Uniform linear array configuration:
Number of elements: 24
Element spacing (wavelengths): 0.25
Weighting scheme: uniform
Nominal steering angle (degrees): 0
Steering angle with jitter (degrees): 1.023
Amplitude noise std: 0.05
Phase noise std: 0.05

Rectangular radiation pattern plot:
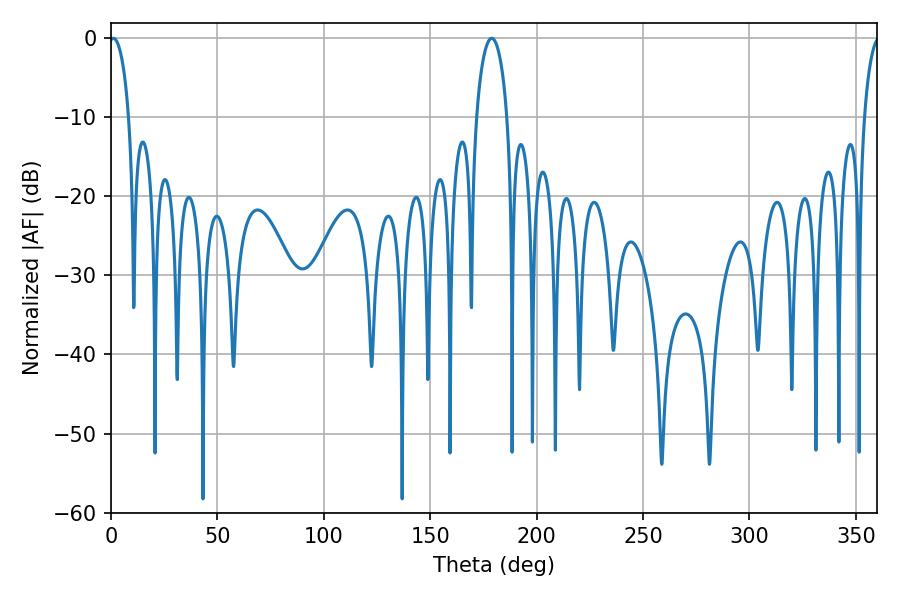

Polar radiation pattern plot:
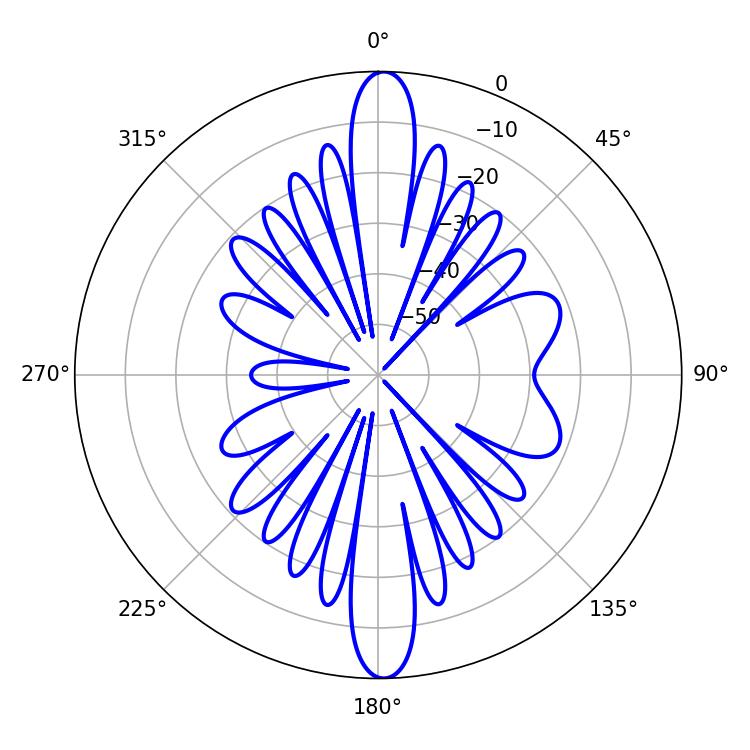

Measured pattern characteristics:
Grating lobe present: FALSE
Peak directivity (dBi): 23.68
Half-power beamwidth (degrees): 5.22
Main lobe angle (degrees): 1.08